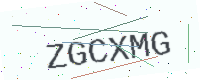
Text: ZGCXMG